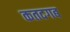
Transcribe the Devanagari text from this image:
कतदगब